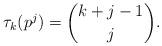
LaTeX: \begin{align*} \tau_{k}(p^j) = \binom{k+j-1}{j}.\end{align*}